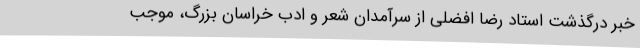
‌خبر درگذشت استاد رضا افضلی از سرآمدان شعر و ادب خراسان بزرگ، موجب